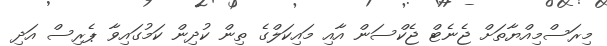
މިރަސްމިއްޔާތަށް ޖެނެޓް ޖެކްސަން އާއި މައިކަލްގެ ތިން ކުދިން ކަމުގައިވާ ޕެރިސް އަދި